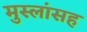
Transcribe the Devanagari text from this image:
मुस्लांसह